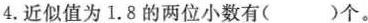
4.近似值为1.8的两位小数有( )个。